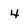
Character: 4